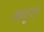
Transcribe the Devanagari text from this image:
नादुरा